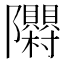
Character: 𮥳